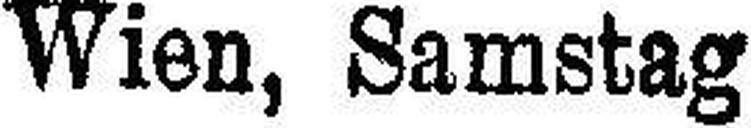
Wien, Samstag